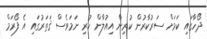
ދޯހާގައި ކަމަށް ސަރުކާރުން ކުރިން އިއުލާން ކުރި ނަމަވެސް ޤަތަރުގައި އެ ފޯރަމް